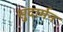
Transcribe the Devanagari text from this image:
सुदार्मन